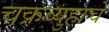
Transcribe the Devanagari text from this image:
चक्रव्युहाचे